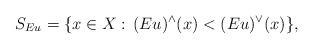
LaTeX: \begin{align*}S_{Eu}=\{x\in X:\,(Eu)^{\wedge}(x)<(Eu)^{\vee}(x)\},\end{align*}